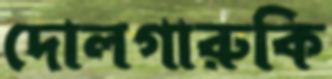
দোলগারুকি